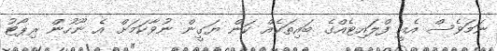
ނަމަވެސް އެއީ ފްލައިޓެއްގެ ބައިތަކެއް ކަން ޔަގީން ނުވާކަމަށް އެ ނޫހުން ރިޕޯޓު